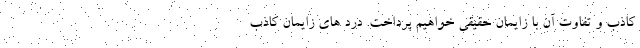
کاذب و تفاوت آن با زایمان حقیقی خواهیم پرداخت. درد های زایمان کاذب